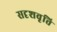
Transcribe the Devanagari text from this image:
सदृशवृत्ति